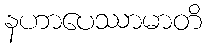
နဟာပေဿာမာတိ